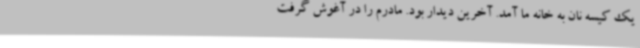
یک کیسه نان به خانه ما آمد. آخرین دیدار بود. مادرم را در آغوش گرفت